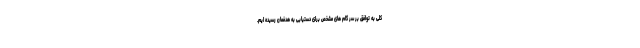
کلی به توافق بر سر گام های مشخص برای دستیابی به هدفمان رسیده ایم.